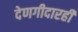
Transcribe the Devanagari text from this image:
देणगीदारही